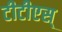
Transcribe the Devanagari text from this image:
टीटीएस्